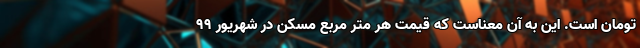
تومان است. این به آن معناست که قیمت هر متر مربع مسکن در شهریور 99